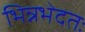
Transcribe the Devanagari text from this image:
भिन्नभेदतः